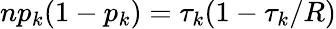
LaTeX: np_{k}(1-p_{k})=\tau_{k}(1-\tau_{k}/R)